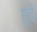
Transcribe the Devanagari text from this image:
मुदे